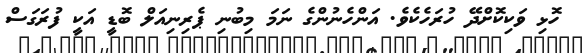
ހޮޅި ވަކިކޮށްދޭ ހުރަހެކެވެ. އަންހެނުންގެ ނަމަ މިބުނި ޕެރިނިއަލް ބޮޑީ އަކީ ފުރަގަސް